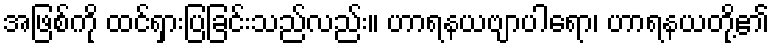
အဖြစ်ကို ထင်ရှားပြခြင်းသည်လည်း။ ဟာရနယဗျာပါရော၊ ဟာရနယတို့၏